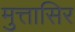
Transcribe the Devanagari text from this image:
मुत्तासिर